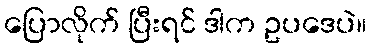
ပြောလိုက် ပြီးရင် ဒါက ဥပဒေပဲ။